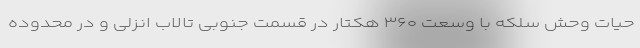
حیات وحش سلکه با وسعت ۳۶۰ هکتار در قسمت جنوبی تالاب انزلی و در محدوده